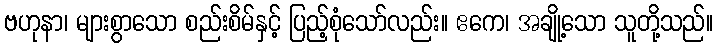
ဗဟုနာ၊ များစွာသော စည်းစိမ်နှင့် ပြည့်စုံသော်လည်း။ ဧကေ၊ အချို့သော သူတို့သည်။